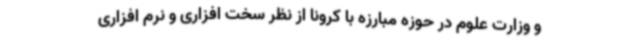
و وزارت علوم در حوزه مبارزه با کرونا از نظر سخت افزاری و نرم افزاری